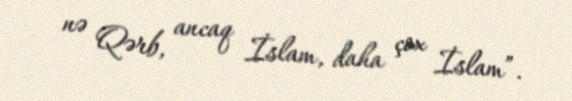
nə Qərb, ancaq İslam, daha çox İslam”.